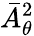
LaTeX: \bar{A}_{\theta}^{2}